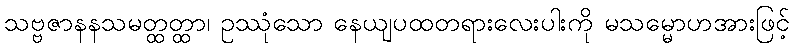
သဗ္ဗဇာနနသမတ္ထတ္ထာ၊ ဥဿုံသော နေယျပထတရားလေးပါးကို မသမ္မောဟအားဖြင့်